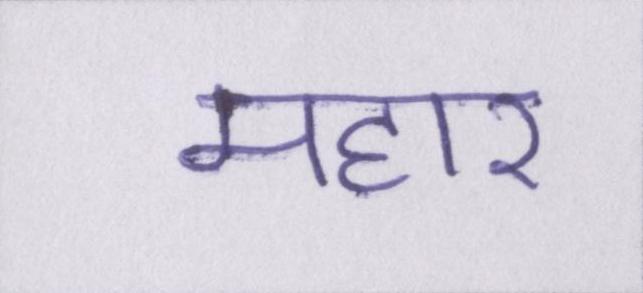
महार